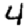
Digit: 4